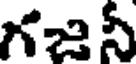
గజనీ